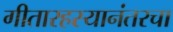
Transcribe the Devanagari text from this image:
गीतारहस्यानंतरचा